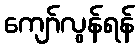
ကျော်လွန်ရန်